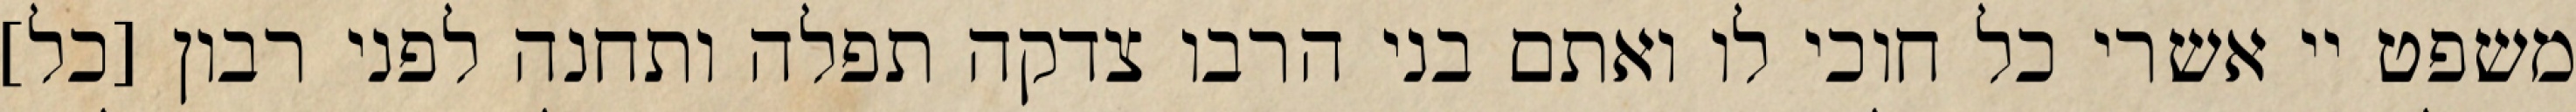
משפט יי אשרי כל חוכי לו ואתם בני הרבו צדקה תפלה ותחנה לפני רבון [כל]